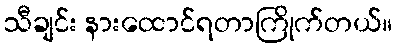
သီချင်း နားထောင်ရတာကြိုက်တယ်။